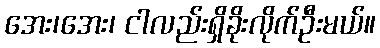
အေး၊အေး၊ ငါလည်းရှိခိုးလိုက်ဦးမယ်။